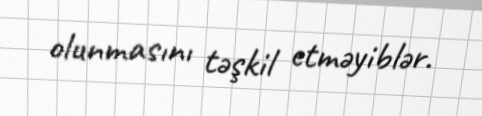
olunmasını təşkil etməyiblər.